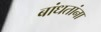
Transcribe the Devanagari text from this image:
बांधतांना